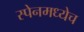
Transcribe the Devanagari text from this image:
स्पेनमध्येच